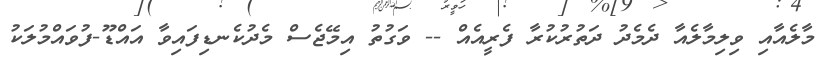
މާލެއާއި ވިލިމާލެއާ ދެމެދު ދަތުރުކުރާ ފެރީއެއް -- ވަގުތު އިމޭޖެސް މެދުކެނޑިފައިވާ އައްޑޫ-ފުވައްމުލަކު